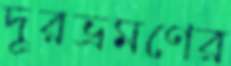
দূরভ্রমণের